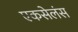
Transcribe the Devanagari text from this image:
एकसेलंस